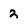
Character: 2